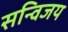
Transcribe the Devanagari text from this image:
सन्विजय